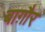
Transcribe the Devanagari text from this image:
बाग़ौर